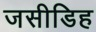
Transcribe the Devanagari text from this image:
जसीडिह